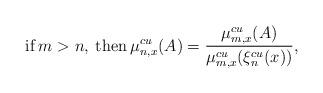
LaTeX: \begin{align*}\textrm{if}\:m>n,\:\textrm{then}\:\mu^{cu}_{n,x}(A)=\frac{\mu^{cu}_{m,x}(A)}{\mu^{cu}_{m,x}(\xi^{cu}_n(x))},\end{align*}